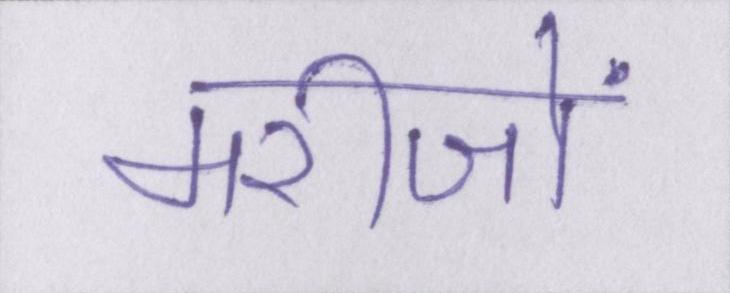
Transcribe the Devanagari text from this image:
मरीजों